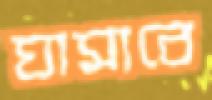
ঘামাবে